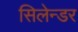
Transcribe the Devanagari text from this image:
सिलेन्डर